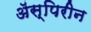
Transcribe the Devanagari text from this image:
ॲस्पिरीन